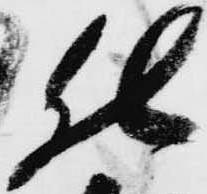
仕